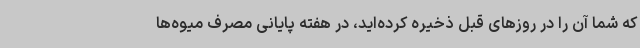
که شما آن را در روزهای قبل ذخیره کرده‌اید، در هفته پایانی مصرف میوه‌ها